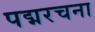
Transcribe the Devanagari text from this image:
पद्मरचना